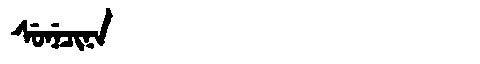
Manchu: ᠰᡠᠨᡝᠴᡳᠨᠠ
Romanization: SUNECINA